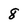
Character: 8